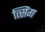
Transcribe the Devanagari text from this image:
त्सिंग